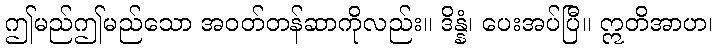
ဤမည်ဤမည်သော အဝတ်တန်ဆာကိုလည်း။ ဒိန္နံ၊ ပေးအပ်ပြီ။ ဣတိအာဟ၊